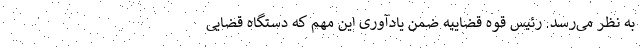
به نظر می‌رسد. رئیس قوه قضاییه ضمن یادآوری این مهم که دستگاه قضایی